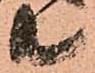
共